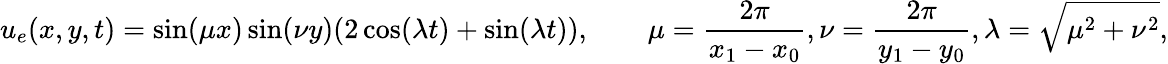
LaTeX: u_{e}(x,y,t)=\sin(\mu x)\sin(\nu y)(2\cos(\lambda t)+\sin(\lambda t)),\qquad\mu=\frac{2\pi}{x_{1}-x_{0}},\nu=\frac{2\pi}{y_{1}-y_{0}},\lambda=\sqrt{\mu^{2}+\nu^{2}},